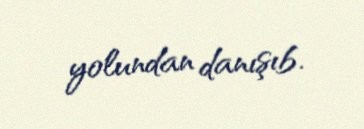
yolundan danışıb.